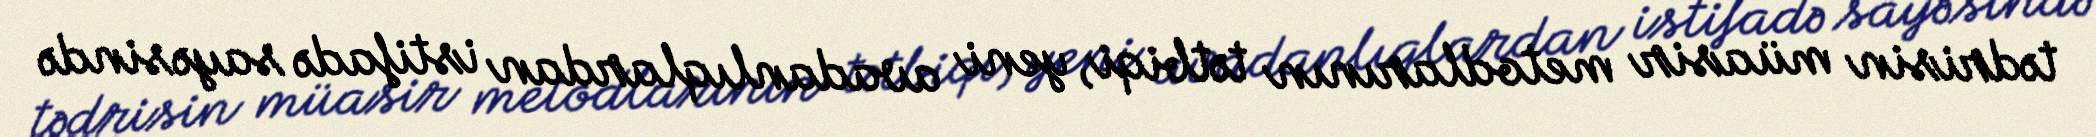
tədrisin müasir metodlarının tətbiqi, yeni avadanlıqlardan istifadə sayəsində